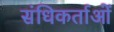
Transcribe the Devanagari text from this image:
संधिकर्ताओं